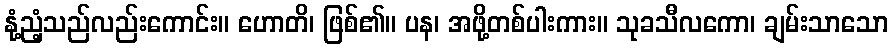
နုံ့ညံ့သည်လည်းကောင်း။ ဟောတိ၊ ဖြစ်၏။ ပန၊ အဖို့တစ်ပါးကား။ သုခသီလကော၊ ချမ်းသာသော